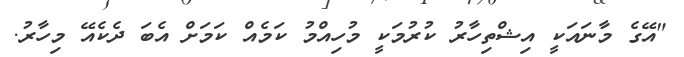
"އޭގެ މާނައަކީ އިޝްތިހާރު ކުރުމަކީ މުހިއްމު ކަމެއް ކަމަށް އެބަ ދެކެއޭ މިހާރު.